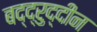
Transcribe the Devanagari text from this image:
बद्द्रुद्दीन